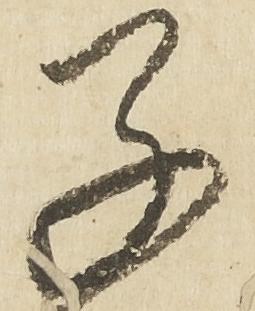
子